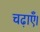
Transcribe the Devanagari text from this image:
चढ़ाएँ।